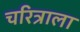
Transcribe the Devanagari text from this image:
चरित्राला